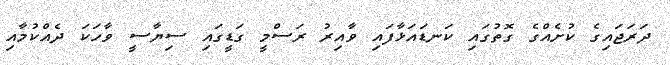
ދަރަޖައިގެ ކުށެއްގެ ގޮތުގައި ކަނޑައަޅާފައި ވާއިރު ރަސްމީ ގަޑީގައި ސިޔާސީ ވާހަކަ ދެއްކުމާއި